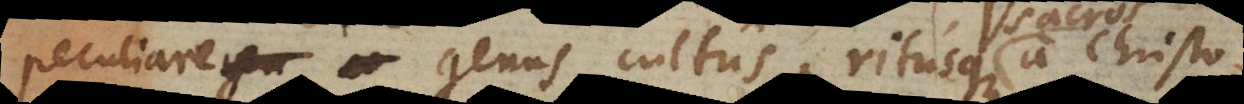
peculiare genus cultus, ritusque a Christo